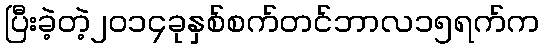
ပြီးခဲ့တဲ့၂၀၁၄ခုနှစ်စက်တင်ဘာလ၁၅ရက်က